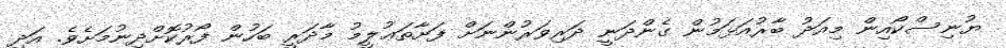
ޔުނިސްކޯއިން މިއަދު ބާރުއަޅަމުން ގެންދަނީ ދަރިވަރުންނަށް ފަށާތަޢުލީމު މާދަރީ ބަހުން ފޯރުކޮށްދިނުމަށެވެ. އަދި